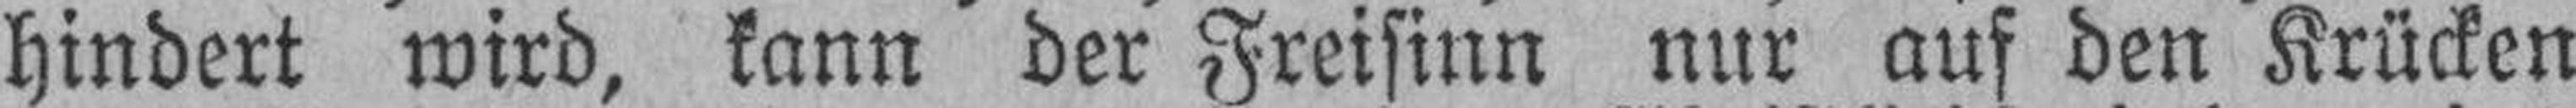
hindert wird, kann der Freisinn nur auf den Krücken